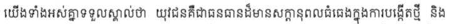
យើងទាំងអស់គ្នាទទួលស្គាល់ថា យុវជនគឺជាធនធានដ៏មានសក្តានុពលធំធេងក្នុងការបង្កើតថ្មី និង